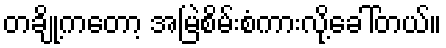
တချို့ကတော့ အမြဲစိမ်းစံကားလို့ခေါ်တယ်။